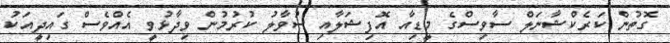
ގޮތުން ކަރެކްޝާނަލް ސާވިސްގެ މީޑިއާ އޮފިޝަލާއި ސުވާލު ކުރުމުން ވިދާޅުވީ އެއްވެސް ގައިދީއަކު